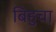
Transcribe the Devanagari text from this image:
बिहुचा